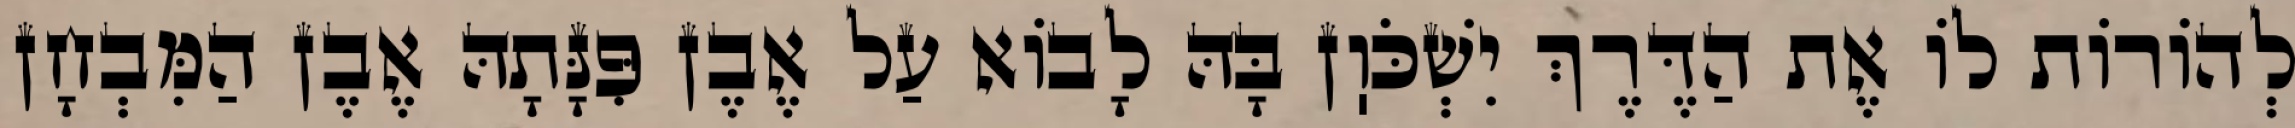
לְהוֹרוֹת לוֹ אֶת הַדֶּרֶךְ יִשְׁכֹּוֽן בָּהּ לָבוֹא עַל אֶבֶן פִּנָּתָהּ אֶבֶן הַמִּבְחָן